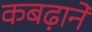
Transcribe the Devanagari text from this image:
कबढ़ाने